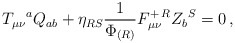
\begin{align*}T_{\mu\nu}{}^a Q_{ab} + \eta_{RS}{1\over \Phi_{(R)}}F_{\mu\nu}^{+\,R} Z_b{}^S = 0\,,\end{align*}